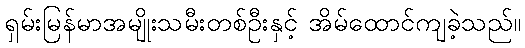
ရှမ်းမြန်မာအမျိုးသမီးတစ်ဦးနှင့် အိမ်ထောင်ကျခဲ့သည်။